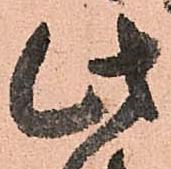
此